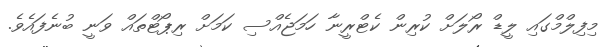
މިފިލްމްގައި ލީޑް ރޯލަށް ކުރިން ކެޓްރީނާ ހަމަޖެއްސި ކަމަށް ރިޕޯޓްތައް ވަނީ ބުނެފައެވެ.